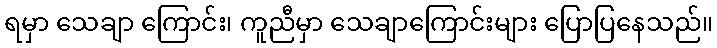
ရမှာ သေချာ ကြောင်း၊ ကူညီမှာ သေချာကြောင်းများ ပြောပြနေသည်။